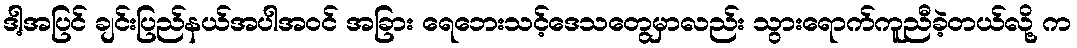
ဒါ့အပြင် ချင်းပြည်နယ်အပါအဝင် အခြား ရေဘေးသင့်ဒေသတွေမှာလည်း သွားရောက်ကူညီခဲ့တယ်လို့ က